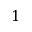
1